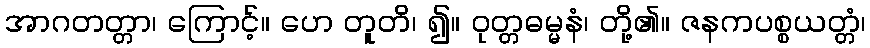
အာဂတတ္တာ၊ ကြောင့်။ ဟေ တူတိ၊ ၍။ ဝုတ္တဓမ္မနံ၊ တို့၏။ ဇနကပစ္စယတ္တံ၊